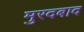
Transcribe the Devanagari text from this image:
मुरदबाद